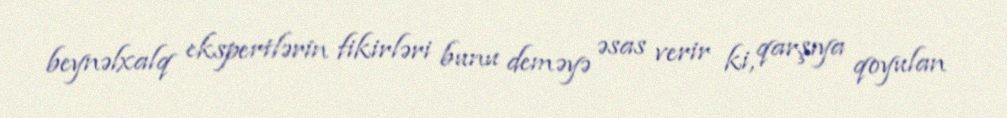
beynəlxalq ekspertlərin fikirləri bunu deməyə əsas verir ki, qarşıya qoyulan